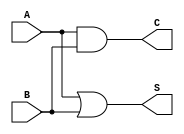
module threshold_half_adder (
    input wire A,  // First binary input
    input wire B,  // Second binary input
    output wire S, // Sum output
    output wire C  // Carry output
);

// Sum output: S = A | B (logical OR)
assign S = A | B;

// Carry output: C = A & B (logical AND)
assign C = A & B;

endmodule